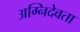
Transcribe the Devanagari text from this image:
अग्निदेवता